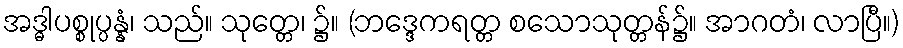
အဒ္ဓါပစ္စုပ္ပန္နံ၊ သည်။ သုတ္တေ၊ ၌။ (ဘဒ္ဒေကရတ္တ စသောသုတ္တန်၌။ အာဂတံ၊ လာပြီ။)